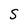
Character: S